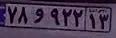
۷۸و۹۲۲۱۳